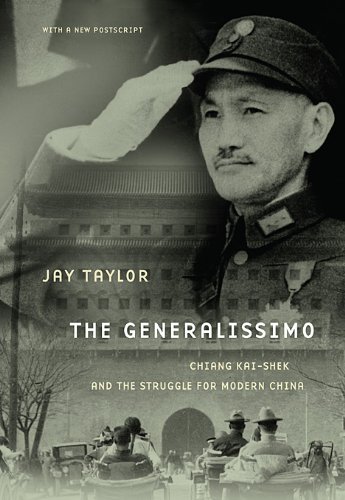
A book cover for The Generalissimo: Chiang Kai-shek and the Struggle for Modern China; Jay Taylor; Biographies & Memoirs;